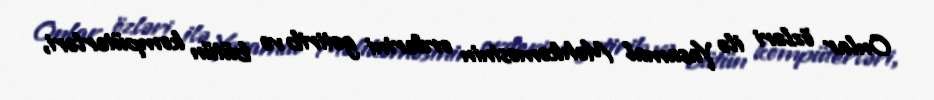
Onlar özləri ilə Yasamal Məhkəməsinin orderini gətirib və bütün kompüterləri,